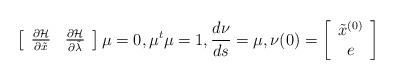
\begin{align*}\left[\begin{array}{cc} \frac{\partial\mathcal{H}}{\partial \tilde{x}} & \frac{\partial\mathcal{H}}{\partial \tilde{\lambda}}\\\end{array}\right]\mu=0, \mu^t\mu=1, \frac{d\nu}{ds}=\mu, \nu(0)=\left[\begin{array}{c}\tilde{x}^{(0)}\\e\\\end{array}\right]\end{align*}